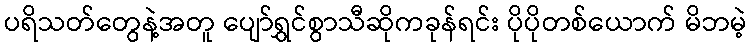
ပရိသတ်တွေနဲ့အတူ ပျော်ရွှင်စွာသီဆိုကခုန်ရင်း ပိုပိုတစ်ယောက် မိဘမဲ့